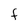
Character: F